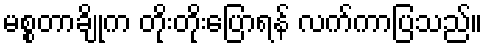
မစ္စတာချိုက တိုးတိုးပြောရန် လက်ကာပြသည်။